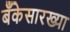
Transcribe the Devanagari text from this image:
बँकेसारख्या